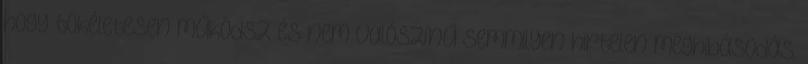
hogy tökéletesen működsz és nem valószínű semmilyen hirtelen meghibásodás.